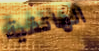
الهاتفية